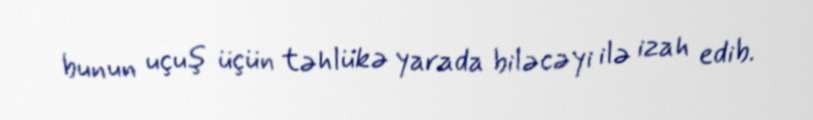
bunun uçuş üçün təhlükə yarada biləcəyi ilə izah edib.